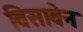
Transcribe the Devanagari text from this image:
विसावेन